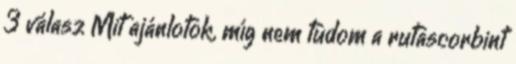
3 válasz Mit ajánlotok, míg nem tudom a rutascorbint